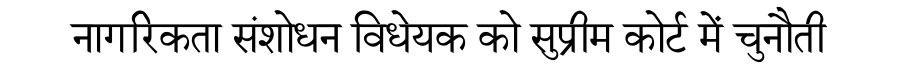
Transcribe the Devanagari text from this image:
नागरिकता संशोधन विधेयक को सुप्रीम कोर्ट में चुनौती